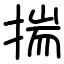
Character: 揣